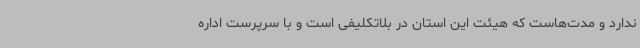
ندارد و مدت‌هاست که هیئت این استان در بلاتکلیفی است و با سرپرست اداره